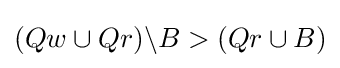
(Qw\cup Qr)\backslash B>(Qr\cup B)